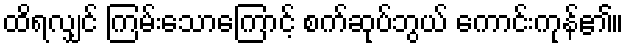
ထိရလျှင် ကြမ်းသောကြောင့် စက်ဆုပ်ဘွယ် ကောင်းကုန်၏။